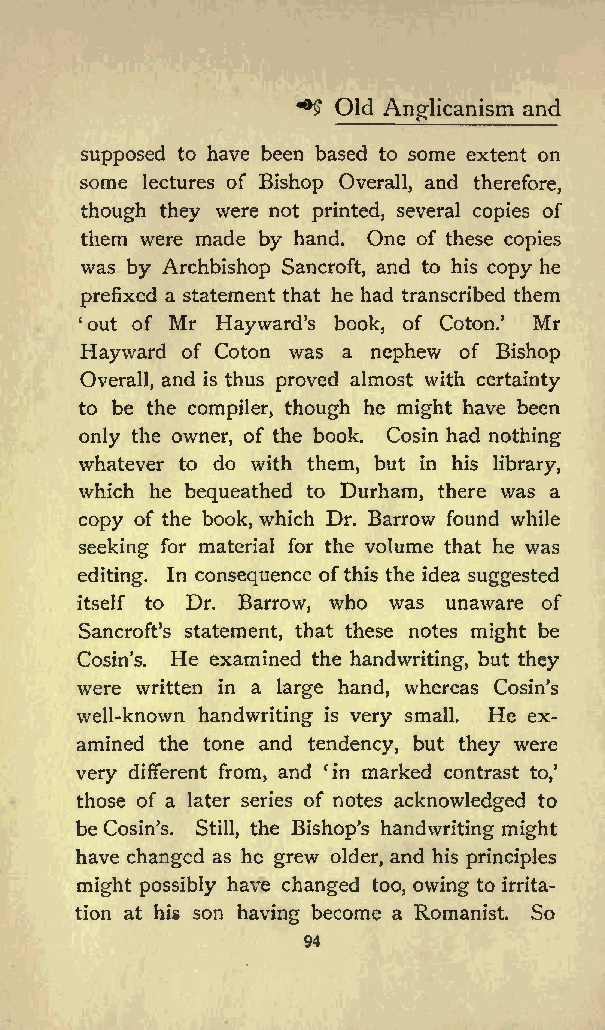
^5 Old Anglicanism and
 supposed to have been based to some extent on
 some lectures of Bishop Overall, and therefore,
 though they were not printed, several copies of
 them were made by hand. One of these copies
 was by Archbishop Sancroft, and to his copy he
 prefixed a statement that he had transcribed them
 out of Mr Haywards book, of Coton. Mr
 Hayward of Coton was a nephew of Bishop
 Overall, and is thus proved almost with certainty
 to be the compiler, though he might have been
 only the owner, of the book. Cosin had nothing
 whatever to do with them, but in his library,
 which he bequeathed to Durham, there was a
 copy of the book, which Dr. Barrow found while
 seeking for material for the volume that he was
 editing. In consequence ofthis the idea suggested
 itself to Dr. Barrow, who was unaware of
 Sancrofts statement, that these notes might be
 Cosins. He examined the handwriting, but they
 were written in a large hand, whereas Cosins
 well-known handwriting is very small. He ex
 amined the tone and tendency, but they were
 very different from, and in marked contrast to,
 those of a later series of notes acknowledged to
 be Cosins. Still, the Bishops handwriting might
 have changed as he grew older, and his principles
 might possibly have changed too, owing to irrita
 tion at his son having become a Romanist. So
 94